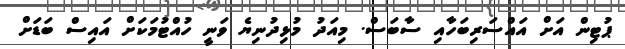
ޕުޓިން އަށް އައްސަރިބަހާއި ސާބަސް. މިއަދު މުޅިދުނިޔެ ވަނީ ހުއްޓުމަކަށް އައިސް ބަޑަށް